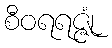
စီဝရရဇ္ဇုံ